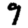
Digit: 9